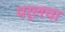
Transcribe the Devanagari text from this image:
पर्लचा